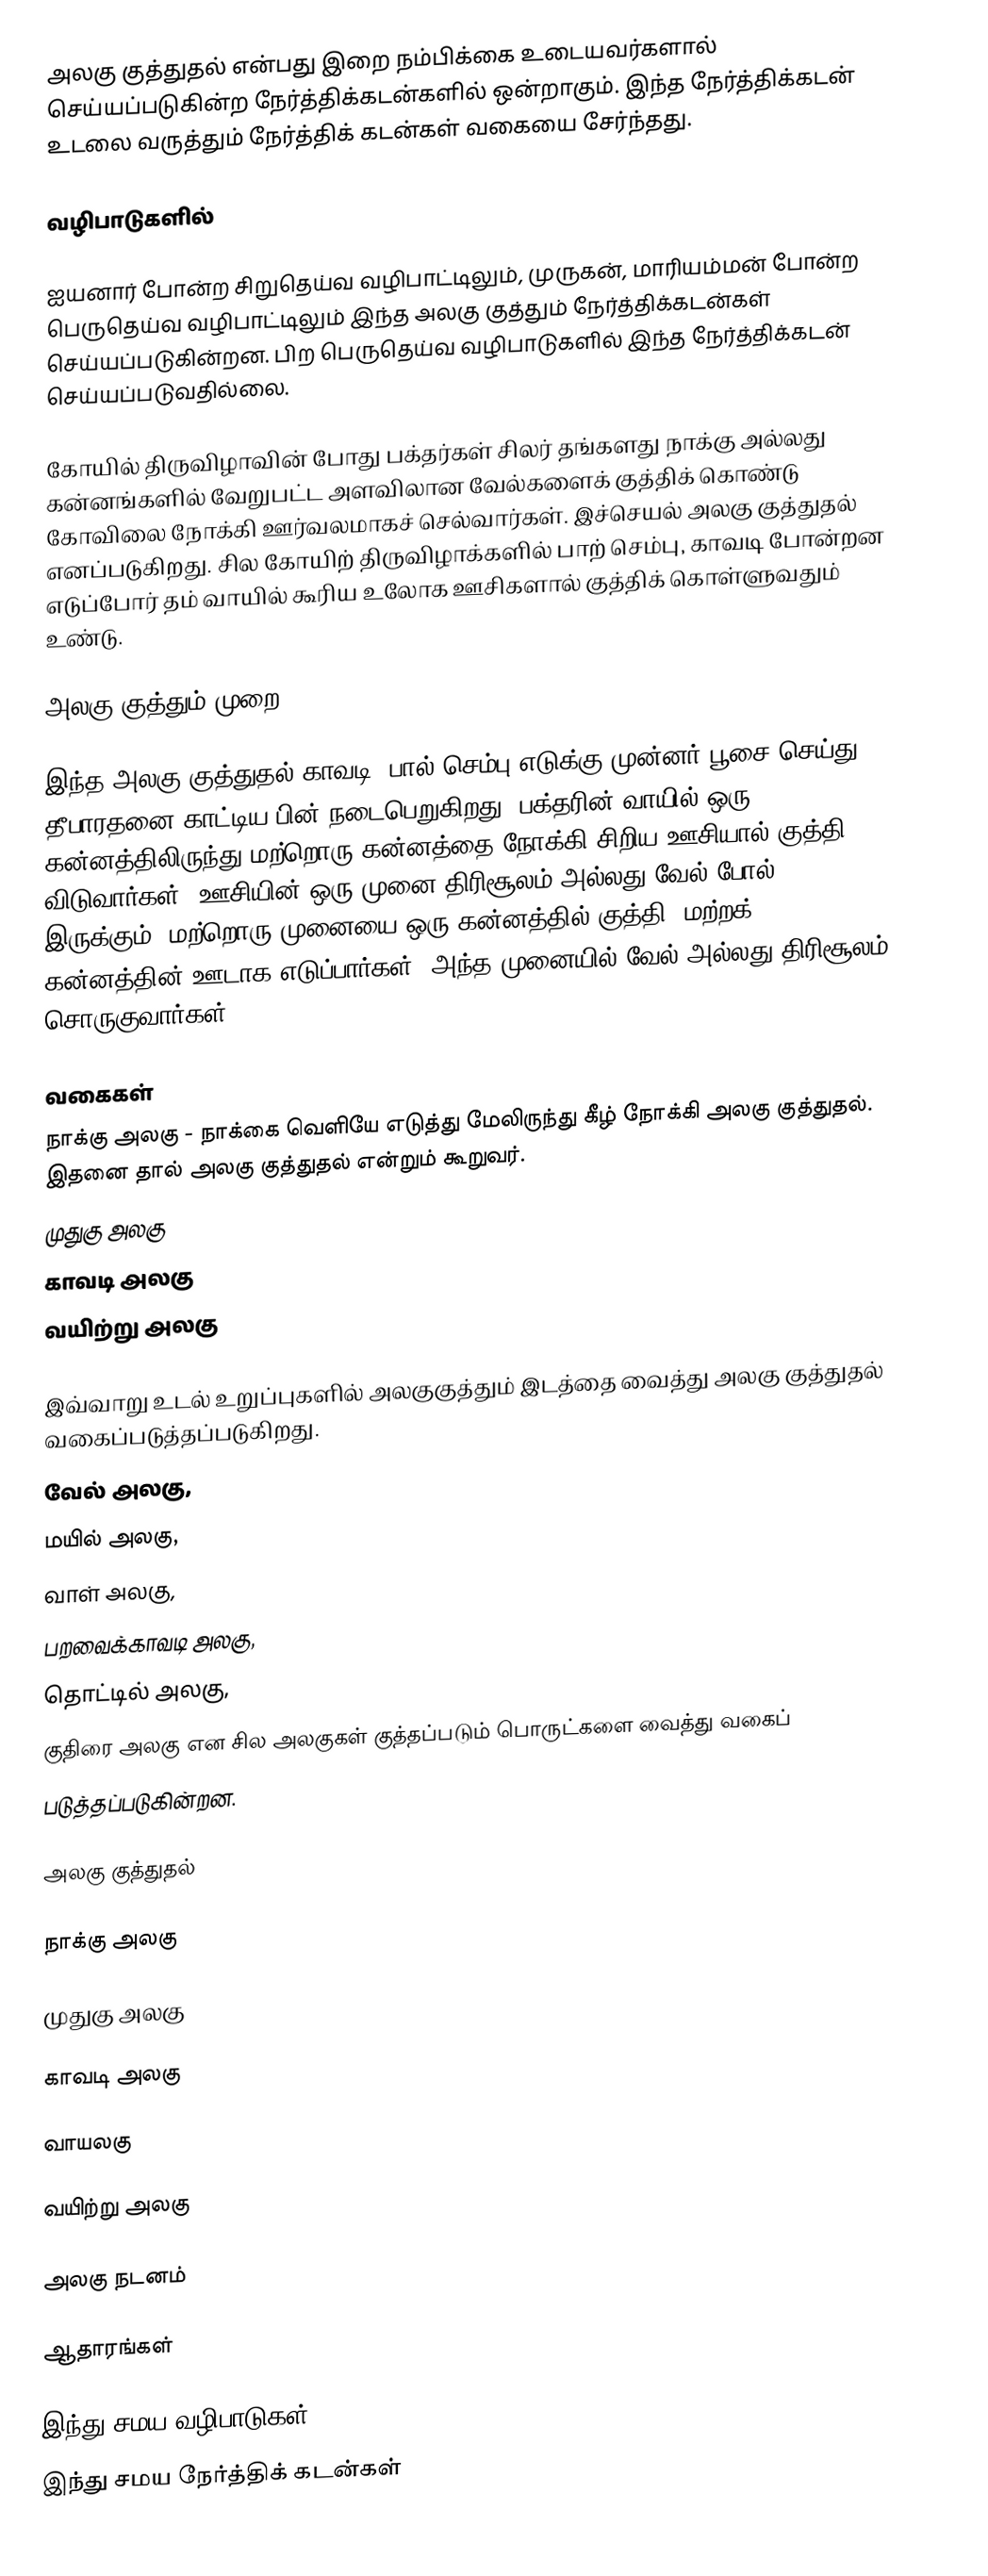
அலகு குத்துதல் என்பது இறை நம்பிக்கை உடையவர்களால் செய்யப்படுகின்ற நேர்த்திக்கடன்களில் ஒன்றாகும். இந்த நேர்த்திக்கடன் உடலை வருத்தும் நேர்த்திக் கடன்கள் வகையை சேர்ந்தது.

வழிபாடுகளில்

ஐயனார் போன்ற சிறுதெய்வ வழிபாட்டிலும், முருகன், மாரியம்மன் போன்ற பெருதெய்வ வழிபாட்டிலும் இந்த அலகு குத்தும் நேர்த்திக்கடன்கள் செய்யப்படுகின்றன. பிற பெருதெய்வ வழிபாடுகளில் இந்த நேர்த்திக்கடன் செய்யப்படுவதில்லை.

கோயில் திருவிழாவின் போது பக்தர்கள் சிலர் தங்களது நாக்கு அல்லது கன்னங்களில் வேறுபட்ட அளவிலான வேல்களைக் குத்திக் கொண்டு கோவிலை நோக்கி ஊர்வலமாகச் செல்வார்கள். இச்செயல் அலகு குத்துதல் எனப்படுகிறது. சில கோயிற் திருவிழாக்களில் பாற் செம்பு, காவடி போன்றன எடுப்போர் தம் வாயில் கூரிய உலோக ஊசிகளால் குத்திக் கொள்ளுவதும் உண்டு.

அலகு குத்தும் முறை

இந்த அலகு குத்துதல் காவடி, பால் செம்பு எடுக்கு முன்னர் பூசை செய்து தீபாரதனை காட்டிய பின் நடைபெறுகிறது. பக்தரின் வாயில் ஒரு கன்னத்திலிருந்து மற்றொரு கன்னத்தை நோக்கி சிறிய ஊசியால் குத்தி விடுவார்கள். ஊசியின் ஒரு முனை திரிசூலம் அல்லது வேல் போல் இருக்கும். மற்றொரு முனையை ஒரு கன்னத்தில் குத்தி, மற்றக் கன்னத்தின் ஊடாக எடுப்பார்கள். அந்த முனையில் வேல் அல்லது திரிசூலம் சொருகுவார்கள்.

வகைகள்
 நாக்கு அலகு - நாக்கை வெளியே எடுத்து மேலிருந்து கீழ் நோக்கி அலகு குத்துதல். இதனை தால் அலகு குத்துதல் என்றும் கூறுவர்.
 முதுகு அலகு
 காவடி அலகு
 வயிற்று அலகு

இவ்வாறு உடல் உறுப்புகளில் அலகுகுத்தும் இடத்தை வைத்து அலகு குத்துதல் வகைப்படுத்தப்படுகிறது.
 வேல் அலகு,
 மயில் அலகு,
 வாள் அலகு,
 பறவைக்காவடி அலகு,
 தொட்டில் அலகு,
 குதிரை அலகு என சில அலகுகள் குத்தப்படும் பொருட்களை வைத்து வகைப்
படுத்தப்படுகின்றன.

அலகு குத்துதல்

நாக்கு அலகு

முதுகு அலகு

காவடி அலகு

வாயலகு

வயிற்று அலகு

அலகு நடனம்

ஆதாரங்கள்

இந்து சமய வழிபாடுகள்
இந்து சமய நேர்த்திக் கடன்கள்